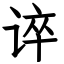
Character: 谇